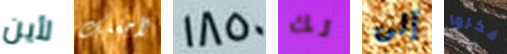
لأين لأجعلك 1850 لك إلى فكروا